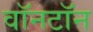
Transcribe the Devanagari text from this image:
वॉनटॉन